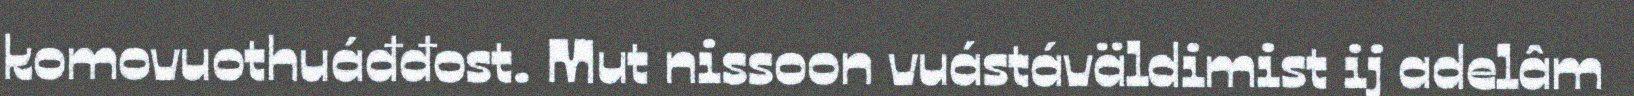
komovuothuáđđost. Mut nissoon vuástáväldimist ij adelâm